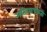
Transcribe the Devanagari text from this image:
अतिव्यापकता